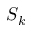
S _ { k }